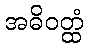
အဓိဝတ္ထံ